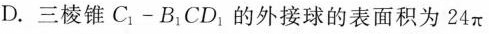
D. 三棱锥C_{1}-B_{1}CD_{1}的外接球的表面积为 24π